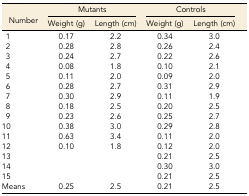
| <ROWSPAN=2> Number | <COLSPAN=2> Mutants | <COLSPAN=2> Controls |
 | Weight (g) | Length (cm) | Weight (g) | Length (cm) |
 | --- | --- | --- | --- | --- |
 | 1 | 0.17 | 2.2 | 0.34 | 3.0 |
 | 2 | 0.28 | 2.8 | 0.26 | 2.4 |
 | 3 | 0.24 | 2.7 | 0.22 | 2.6 |
 | 4 | 0.08 | 1.8 | 0.10 | 2.1 |
 | 5 | 0.11 | 2.0 | 0.09 | 2.0 |
 | 6 | 0.28 | 2.7 | 0.31 | 2.9 |
 | 7 | 0.30 | 2.9 | 0.11 | 1.9 |
 | 8 | 0.18 | 2.5 | 0.20 | 2.5 |
 | 9 | 0.23 | 2.6 | 0.25 | 2.7 |
 | 10 | 0.38 | 3.0 | 0.29 | 2.8 |
 | 11 | 0.63 | 3.4 | 0.11 | 2.0 |
 | 12 | 0.10 | 1.8 | 0.12 | 2.0 |
 | 13 |  |  | 0.21 | 2.5 |
 | 14 |  |  | 0.30 | 3.0 |
 | 15 |  |  | 0.21 | 2.5 |
 | Means | 0.25 | 2.5 | 0.21 | 2.5 |